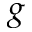
g